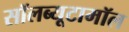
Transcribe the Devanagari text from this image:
सॉलब्यूटामॉल